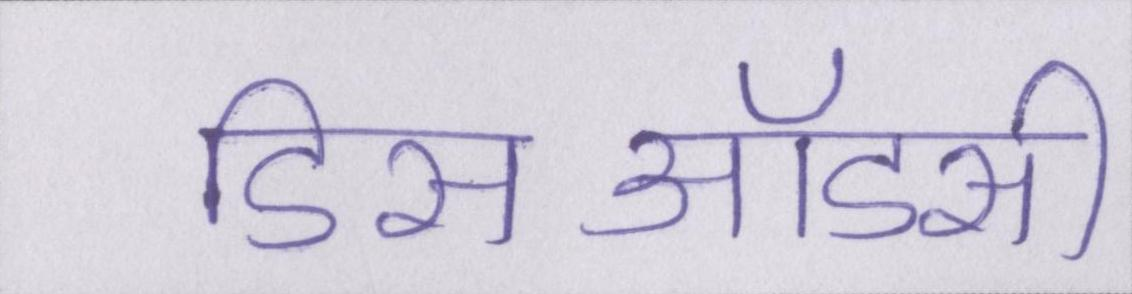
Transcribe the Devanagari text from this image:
डिसऑडर्स